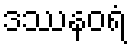
ဒဿနဝရံ